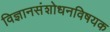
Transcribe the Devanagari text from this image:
विज्ञानसंशोधनविषयक